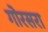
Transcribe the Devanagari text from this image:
गोरसरा